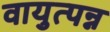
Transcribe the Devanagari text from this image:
वायुत्पन्न